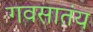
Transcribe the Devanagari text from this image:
गवसातंय